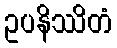
ဥပနိဿိတံ